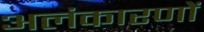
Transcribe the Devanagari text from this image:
अलंकारणों